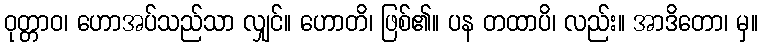
ဝုတ္တာဝ၊ ဟောအပ်သည်သာ လျှင်။ ဟောတိ၊ ဖြစ်၏။ ပန တထာပိ၊ လည်း။ အာဒိတော၊ မှ။